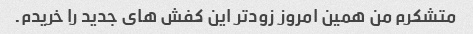
متشکرم من همین امروز زودتر این کفش های جدید را خریدم.